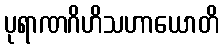
ပုရာဏဂိဟိသဟာယောတိ